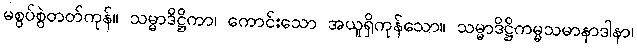
မစွပ်စွဲတတ်ကုန်။ သမ္မာဒိဋ္ဌိကာ၊ ကောင်းသော အယူရှိကုန်သော။ သမ္မာဒိဋ္ဌိကမ္မသမာနာဒါနာ၊